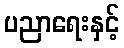
ပညာရေးနှင့်